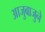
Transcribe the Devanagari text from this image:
आजुबाजुने